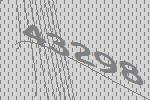
43298